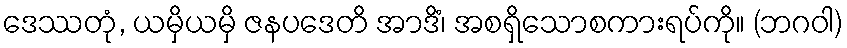
ဒေဿတုံ, ယမှိယမှိ ဇနပဒေတိ အာဒိံ၊ အစရှိသောစကားရပ်ကို။ (ဘဂဝါ)